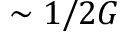
\sim 1 / 2 G